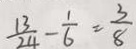
\frac { 1 3 } { 2 4 } - \frac { 1 } { 6 } = \frac { 3 } { 8 }